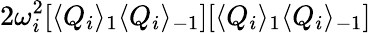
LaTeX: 2\omega_{i}^{2}[\langle Q_{i}\rangle_{1}\langle Q_{i}\rangle_{-1}][\langle Q_{i}\rangle_{1}\langle Q_{i}\rangle_{-1}]